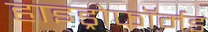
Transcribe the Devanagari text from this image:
हाइड्रोफॉर्मड